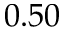
0 . 5 0